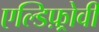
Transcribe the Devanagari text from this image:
एल्डिफ़्रोवी